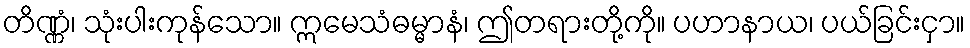
တိဏ္ဏံ၊ သုံးပါးကုန်သော။ ဣမေသံဓမ္မာနံ၊ ဤတရားတို့ကို။ ပဟာနာယ၊ ပယ်ခြင်းငှာ။